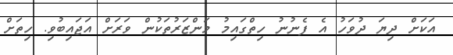
އަކަށް ދިޔަ ދުވަހު އެ ފެނުނު ހިތްގައިމު މަންޒަރުތަކުން ވަރަށް އަޖައިބުވި. ހިތަށް